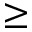
\geq